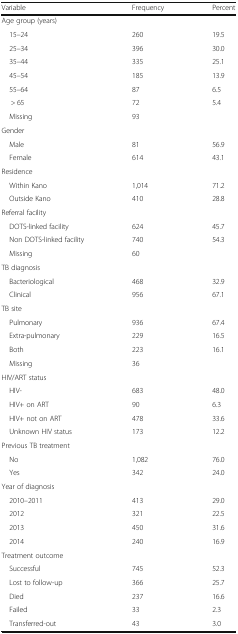
<table><thead><tr><td><b>Variable</b></td><td><b>Frequency</b></td><td><b>Percent</b></td></tr></thead><tbody><tr><td colspan="3">Age group (years)</td></tr><tr><td> 15–24</td><td>260</td><td>19.5</td></tr><tr><td> 25–34</td><td>396</td><td>30.0</td></tr><tr><td> 35–44</td><td>335</td><td>25.1</td></tr><tr><td> 45–54</td><td>185</td><td>13.9</td></tr><tr><td> 55–64</td><td>87</td><td>6.5</td></tr><tr><td>&gt; 65</td><td>72</td><td>5.4</td></tr><tr><td> Missing</td><td>93</td><td></td></tr><tr><td colspan="3">Gender</td></tr><tr><td> Male</td><td>81</td><td>56.9</td></tr><tr><td> Female</td><td>614</td><td>43.1</td></tr><tr><td colspan="3">Residence</td></tr><tr><td> Within Kano</td><td>1,014</td><td>71.2</td></tr><tr><td> Outside Kano</td><td>410</td><td>28.8</td></tr><tr><td colspan="3">Referral facility</td></tr><tr><td> DOTS-linked facility</td><td>624</td><td>45.7</td></tr><tr><td> Non DOTS-linked facility</td><td>740</td><td>54.3</td></tr><tr><td> Missing</td><td>60</td><td></td></tr><tr><td colspan="3">TB diagnosis</td></tr><tr><td> Bacteriological</td><td>468</td><td>32.9</td></tr><tr><td> Clinical</td><td>956</td><td>67.1</td></tr><tr><td colspan="3">TB site</td></tr><tr><td> Pulmonary</td><td>936</td><td>67.4</td></tr><tr><td> Extra-pulmonary</td><td>229</td><td>16.5</td></tr><tr><td> Both</td><td>223</td><td>16.1</td></tr><tr><td> Missing</td><td>36</td><td></td></tr><tr><td colspan="3">HIV/ART status</td></tr><tr><td> HIV-</td><td>683</td><td>48.0</td></tr><tr><td> HIV+ on ART</td><td>90</td><td>6.3</td></tr><tr><td> HIV+ not on ART</td><td>478</td><td>33.6</td></tr><tr><td> Unknown HIV status</td><td>173</td><td>12.2</td></tr><tr><td colspan="3">Previous TB treatment</td></tr><tr><td> No</td><td>1,082</td><td>76.0</td></tr><tr><td> Yes</td><td>342</td><td>24.0</td></tr><tr><td colspan="3">Year of diagnosis</td></tr><tr><td> 2010–2011</td><td>413</td><td>29.0</td></tr><tr><td> 2012</td><td>321</td><td>22.5</td></tr><tr><td> 2013</td><td>450</td><td>31.6</td></tr><tr><td> 2014</td><td>240</td><td>16.9</td></tr><tr><td colspan="3">Treatment outcome</td></tr><tr><td> Successful</td><td>745</td><td>52.3</td></tr><tr><td> Lost to follow-up</td><td>366</td><td>25.7</td></tr><tr><td> Died</td><td>237</td><td>16.6</td></tr><tr><td> Failed</td><td>33</td><td>2.3</td></tr><tr><td> Transferred-out</td><td>43</td><td>3.0</td></tr></tbody></table>